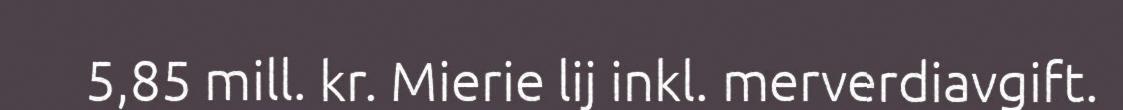
5,85 mill. kr. Mierie lij inkl. merverdiavgift.